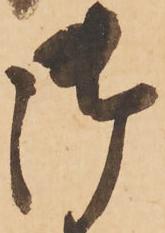
御